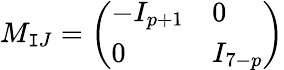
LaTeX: M_{\mathtt{I}J}=\left(\begin{array}{ll}{{-I_{p+1}}}&{{0}}\\ {{0}}&{{I_{7-p}}}\end{array}\right)